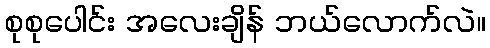
စုစုပေါင်း အလေးချိန် ဘယ်လောက်လဲ။